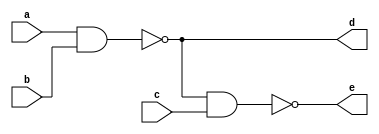
`timescale 1ns / 1ps

module three_input_NAND_gate_b(
input a,
input b,
input c,
output d,
output e
    );
    assign d = ~(a&b);
    assign e = ~(d&c);
endmodule